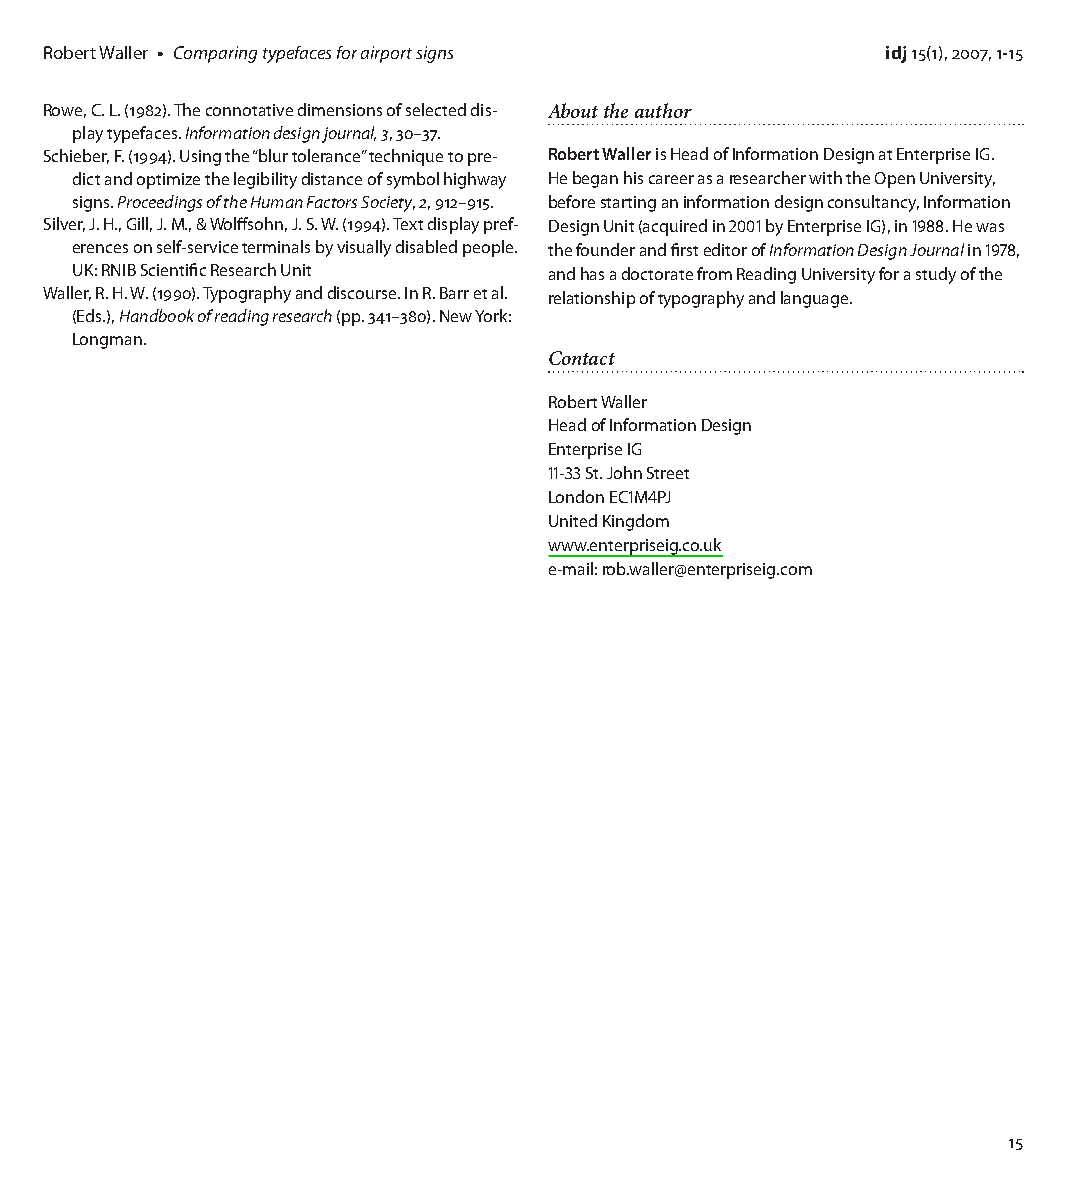
Robert Waller • Comparing typefaces for airport signs   idj 15(1), 2007, 1-15
 Rowe, C. L. (12). The connotative dimensions of selected dis- About the author
 play typefaces. Information design journal, 3, 0–7.
 Schieber, F. (1). Using the “blur tolerance” technique to pre- Robert Waller is Head of Information Design at Enterprise IG.
 dict and optimize the legibility distance of symbol highway He began his career as a researcher with the Open University,
 signs. Proceedings of the Human Factors Society, 2, 12–15. before starting an information design consultancy, Information
 Silver, J. H., Gill, J. M., & Wolffsohn, J. S. W. (1). Text display pref- Design Unit (acquired in 2001 by Enterprise IG), in 1988. He was
 erences on self-service terminals by visually disabled people. the founder and first editor of Information Design Journal in 1978,
 UK: RNIB Scientific Research Unit and has a doctorate from Reading University for a study of the
 Waller, R. H. W. (10). Typography and discourse. In R. Barr et al. relationship of typography and language.
 (Eds.), Handbook of reading research (pp. 1–0). New York:
 Longman.
 Contact
 Robert Waller
 Head of Information Design
 Enterprise IG
 11-33 St. John Street
 London EC1M4PJ
 United Kingdom
 www.enterpriseig.co.uk
 e-mail: rob.waller@enterpriseig.com
 15